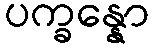
ပက္ခန္နော